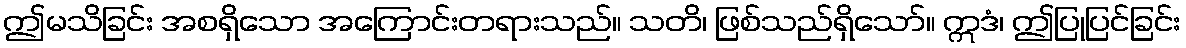
ဤမသိခြင်း အစရှိသော အကြောင်းတရားသည်။ သတိ၊ ဖြစ်သည်ရှိသော်။ ဣဒံ၊ ဤပြုပြင်ခြင်း